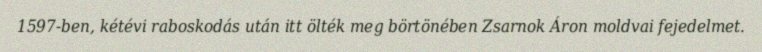
1597-ben, kétévi raboskodás után itt ölték meg börtönében Zsarnok Áron moldvai fejedelmet.